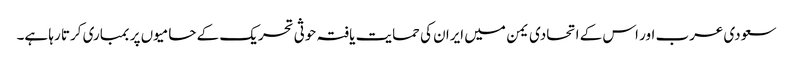
سعودی عرب اور اس کے اتحادی یمن میں ایران کی حمایت یافتہ حوثی تحریک کے حامیوں پر بمباری کرتا رہا ہے۔